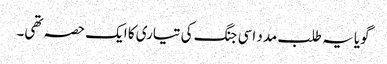
گویا یہ طلب مدد اسی جنگ کی تیاری کا ایک حصہ تھی۔